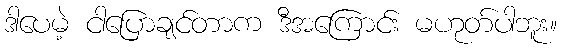
ဒါပေမဲ့ ငါပြောချင်တာက ဒီအကြောင်း မဟုတ်ပါဘူး။